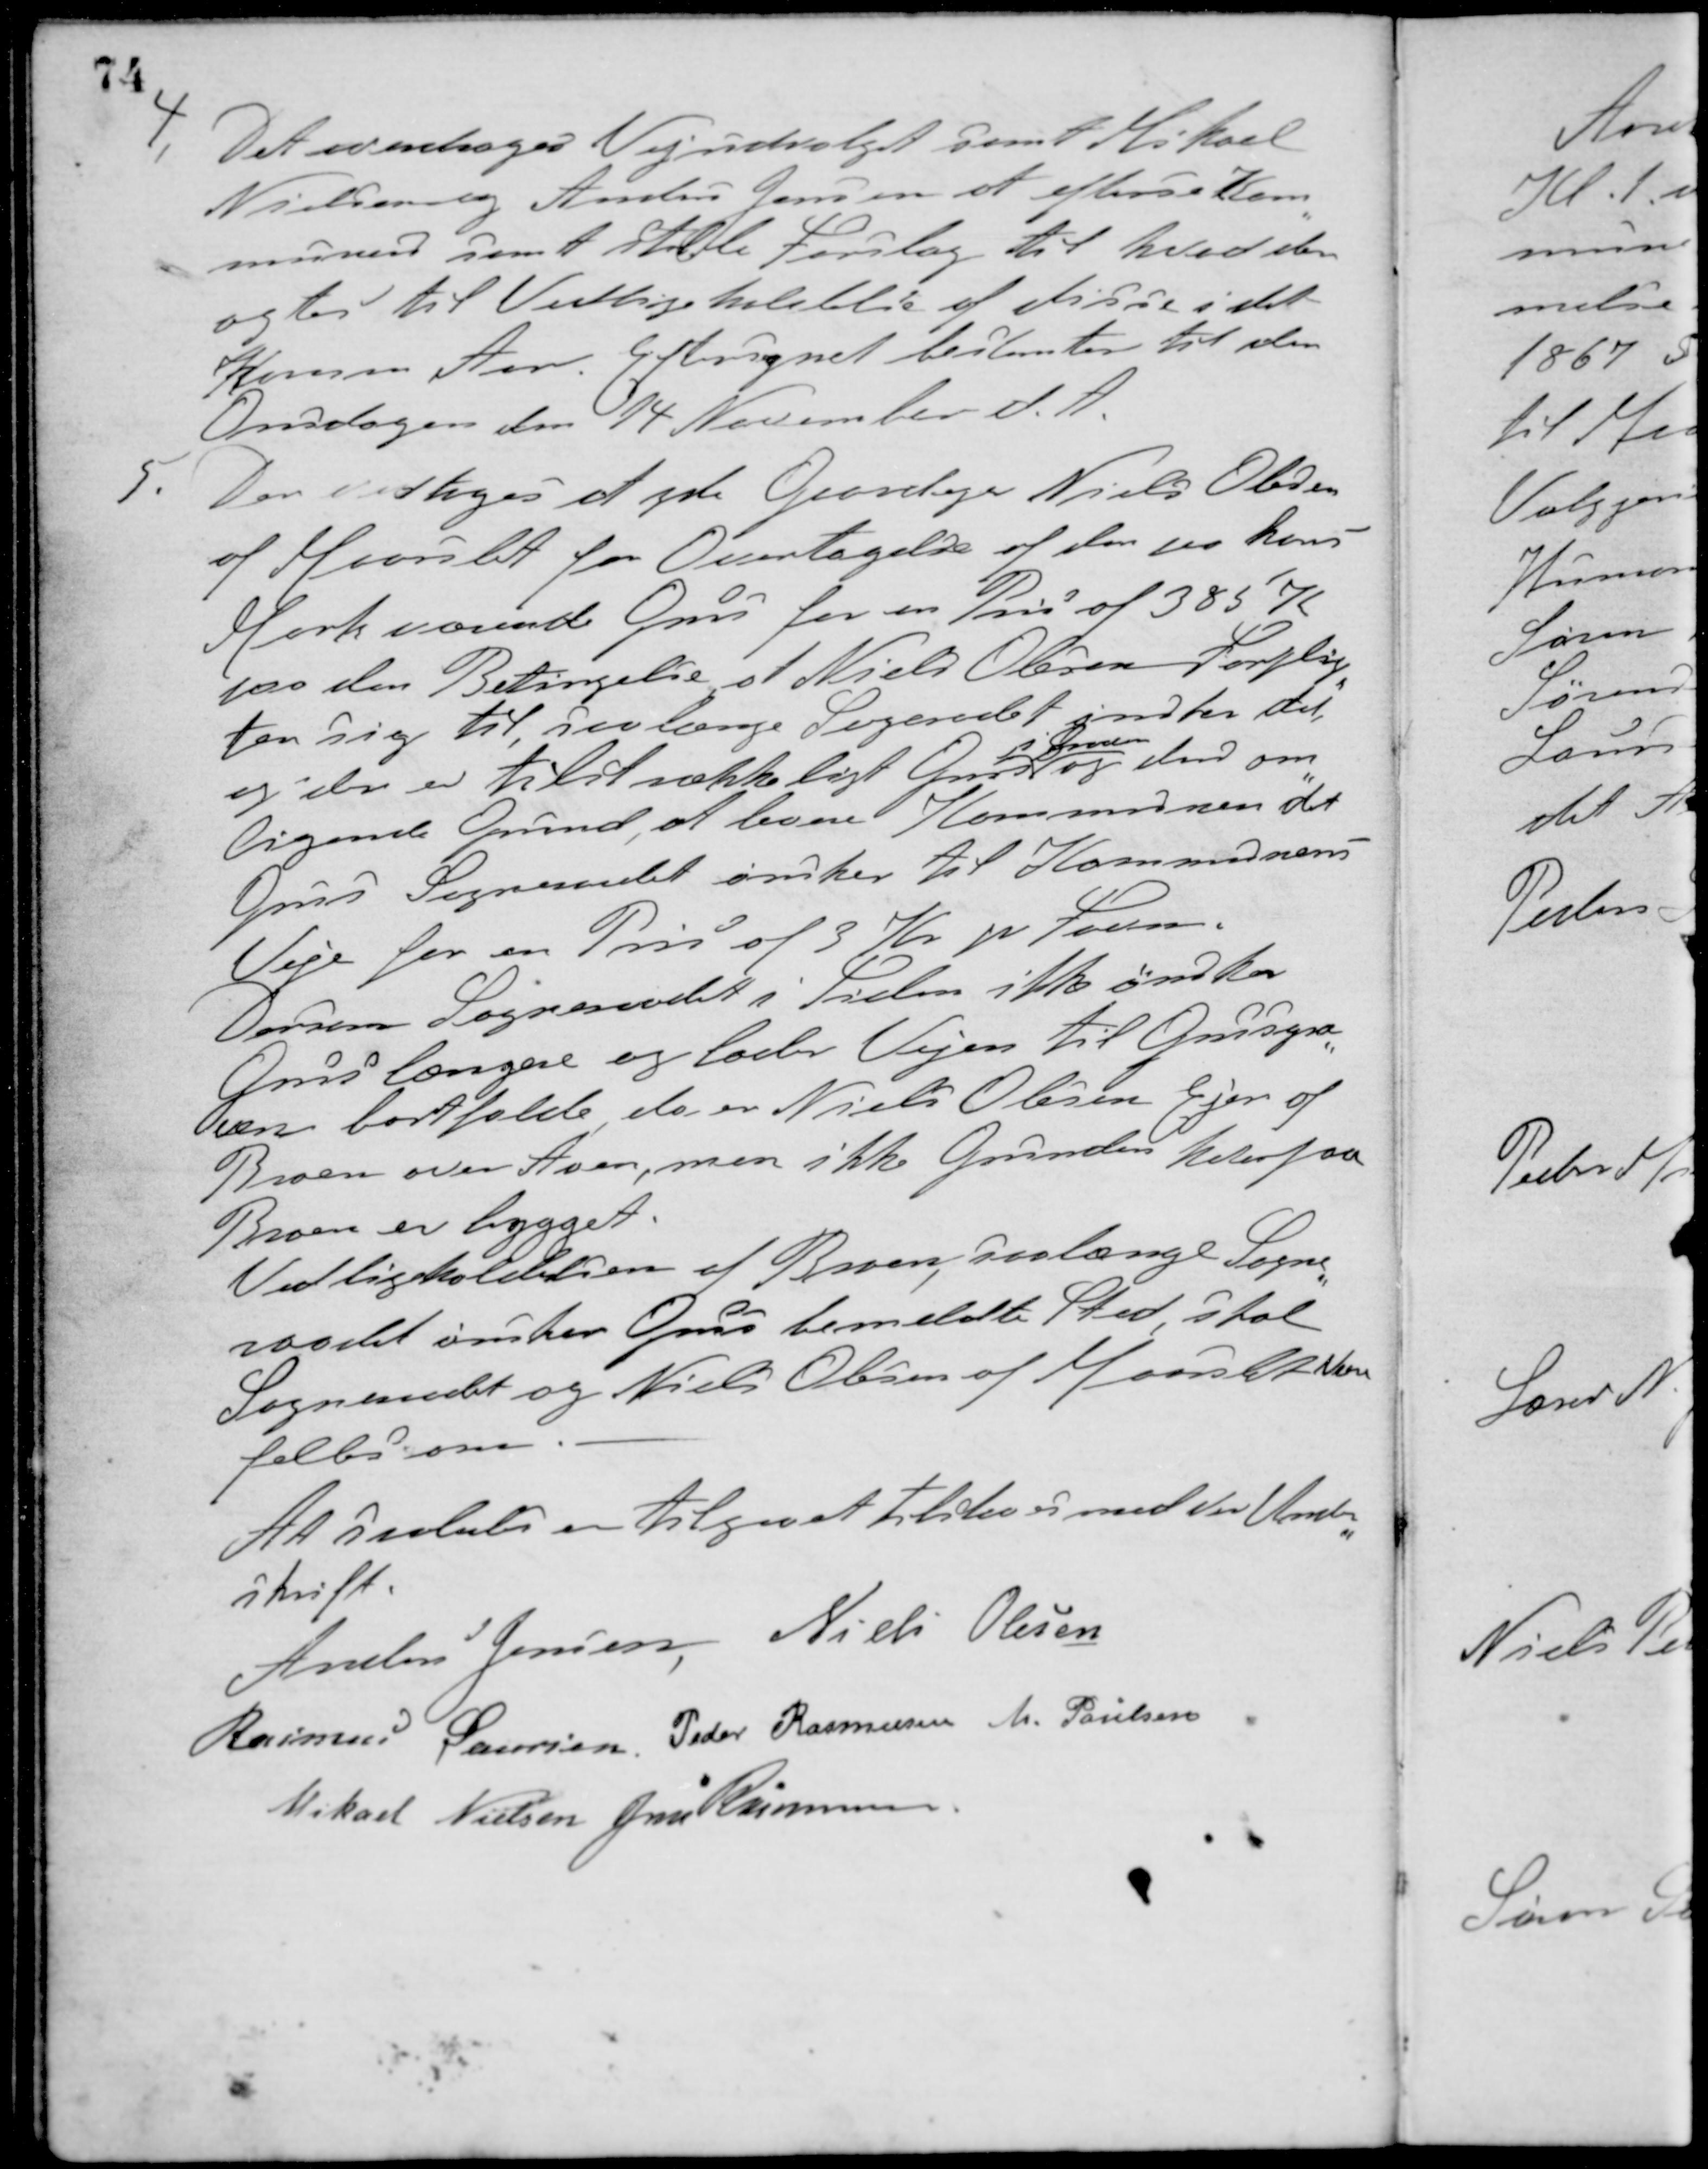
Transskription:
4. Det overdrages Vejudvalget samt Mikael
Nielsen og Anders Jensen at efterse Kom-
munen samt stille Forslag til hvad der
agtes til Vedligeholdelse af disse i det
Komm. Aar. Eftersynet bestemtes til den
Onsdagen den 14 November d. A.
5. Der vedtoges at yde Gaardejer Niels Olesen
af Maarslet for Overtagelse af den paa hans
Mark værende Grus for en Pris af 385 Kr.
paa den Betingelse, at Niels Olesen Forplig-
ter sig til, saalænge Sogeradet ønsker det
og der er tilstrækkeligt Grus
i Graven
og den om-
ligende Grund, at levere Kommunen det
Grus Sogneraadet ønsker til Kommunens
Veje for en Pris af 3 Kr. pr. Favn.
Dersom Sogneraadet i Siden ikke ønsker
Grus længere og lader Vejen til Grusgra-
ven bortfalde da er Niels Olesen Ejer af
Broen over Aaen, men ikke Grunden hvorpaa
Broen er bygget.
Vedligeholdelsen af Broen, saalænge Sogne-
raadet ønsker Grus bemeldte Sted, skal
Sogneraadet og Niels Olesen af Maarslet være
fælles om.
At saaledes en tilgaaet tilstaaes med vor Under-
skrift.
Anders Jensen Niels Olesen
Rasmus Laursen Peder Rasmussen M. Poulsen
Mikael Nielsen Jens Rasmussen